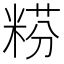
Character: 𥺯